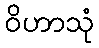
ဝိဟာသုံ